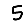
Digit: 5